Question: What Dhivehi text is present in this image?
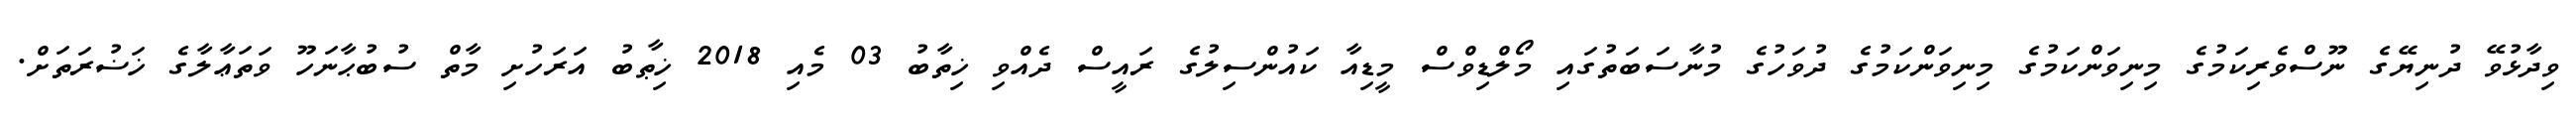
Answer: ވިދާޅުވޭ ދުނިޔޭގެ ނޫސްވެރިކަމުގެ މިނިވަންކަމުގެ މިނިވަންކަމުގެ ދުވަހުގެ މުނާސަބަތުގައި މޯލްޑިވްސް މީޑިއާ ކައުންސިލުގެ ރައީސް ދެއްވި ޚިތާބު 03 މެއި 2018 ޚިޠާބު އަރަހުށި މާތް ސުބުޙާނަހޫ ވަތަޢާލާގެ ޚަޟުރަތަށް.